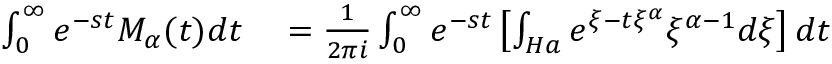
\begin{array} { r l } { \int _ { 0 } ^ { \infty } e ^ { - s t } M _ { \alpha } ( t ) d t } & { { } = \frac { 1 } { 2 \pi i } \int _ { 0 } ^ { \infty } e ^ { - s t } \left[ \int _ { H a } e ^ { \xi - t \xi ^ { \alpha } } \xi ^ { \alpha - 1 } { d \xi } \right] d t } \end{array}